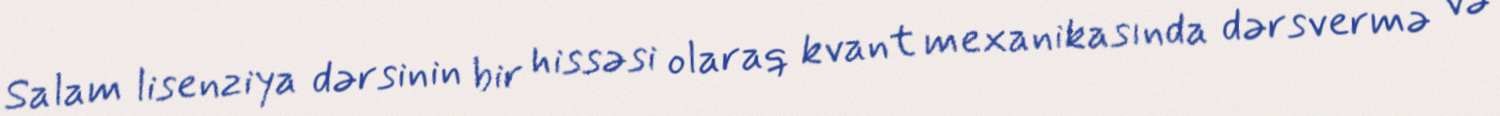
Salam lisenziya dərsinin bir hissəsi olaraq kvant mexanikasında dərsvermə və